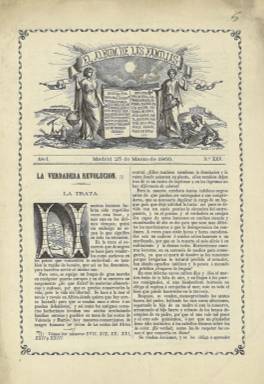
Título: El Álbum de las familias (Madrid)
Colección: Revistas femeninas || Semanarios de amenidades || Arte || Literatura
Ámbito geográfico: Madrid
Lugar de publicación: Madrid
Fechas: 23/03/1866-25/12/1866

Lo más llamativo de esta publicación del final del reinado de Isabel II es que fue compuesta y estampada por la imprenta de la Academia Tipográfica de Señoritas, cuya plantilla estaba formada íntegramente por mujeres y que se sostenía  por las acciones, reintegrables en obras literarias y otros trabajos de imprenta, por más de 500 protectores, principalmente por miembros de ambos sexos de la nobleza y la burguesía, así como dignatarios de la iglesia, de la política o literatas españolas. La imprenta estaba dirigida por Javiera Morales y Barona, que sería esposa del periodista, escritor y pedagogo Eleuterio Llofríu Sagrera (1835-1880), que será el director del semanario.

Además de servir de presentación de las composiciones tipográficas y de grabados de las alumnas, fue una publicación periódica de carácter emancipador de la mujer, que reivindicó la incorporación de ésta al trabajo, pero compaginándolo con el del hogar, como “revista semanal de literatura, ciencias, artes e industria”, tal como reza su subtítulo, y con la leyenda “lectura moral e instructiva”. Se trata de una publicación alejada “por completo de las encarnizadas luchas políticas”, tal como escribe su director, calificada como “periódico del hogar”, que tuvo a las mujeres como sus lectoras más habituales, y con la misión de proporcionarles “educación y trabajo” o instruirlas deleitando bajo principios morales y religiosos.

Contiene artículos sobre educación, costumbres, historia, literatura, así como biografías, cuentos, narraciones,  consejos higiénicos y noticias varias sobre teatro, conciertos, actos sociales y moda. Publica textos tanto en prosa como en verso de escritoras de la época, como Concepción Arenal (1820-1893), Gretrudis Gómez de Avellaneda (1814-1873), Carolina Coronado (1821-1911), Ángeles Grassi (1823-1883), Amalia Domingo y Soler (1853-1909), Rogelia León (1828-1870), Faustina Sáez de Melgar (1834-) y Blanca de Gassó y Ortiz (-1877). Y de literatos, como Eugenio Hartzenbusch (1806-1880), José Zorrilla (1817-1893), Pedro Antonio de Alarcón (1833-1891), Ramón de Campoamor (1817-1901) o Antonio Trueba (1819-1889)

Sus editores responsables son Toribio Ruiz y Jesús Merlo y Córdoba. Su administradora, Eloísa Morales. Debió de empezar a publicarse en septiembre de 1865. La colección de la BN contiene desde el número 25, correspondiente al 23 de marzo de 1866, hasta el número 49, de 25 de diciembre de ese mismo año, número con el que inicia su segundo año de edición, y debió de seguir publicándose durante 1867. Incluye al final del tomo un índice de materias y atores. Se estampó con ocho páginas, y algunos números fueron dobles, con 16 páginas.

[Descripción modificada el 17/05/2019]